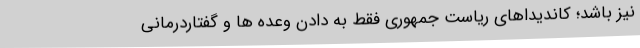
نیز باشد؛ کاندیداهای ریاست جمهوری فقط به دادن وعده ها و گفتاردرمانی